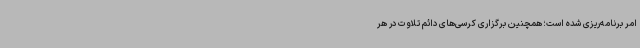
امر برنامه‌ریزی شده است؛ همچنین برگزاری کرسی‌های دائم تلاوت در هر